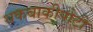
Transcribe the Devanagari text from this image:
थकबाकीपोटी